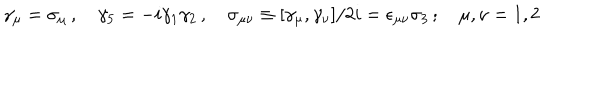
LaTeX: \gamma _ { \mu } = \sigma _ { \mu } \, , \quad \gamma _ { 5 } = - i \gamma _ { 1 } \gamma _ { 2 } \, , \quad \sigma _ { \mu \nu } \equiv [ \gamma _ { \mu } , \gamma _ { \nu } ] / 2 i = \epsilon _ { \mu \nu } \sigma _ { 3 } \, ; \quad \mu , \nu = 1 , 2